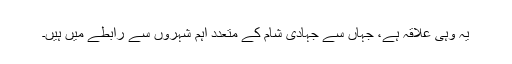
یہ وہی علاقہ ہے، جہاں سے جہادی شام کے متعدد اہم شہروں سے رابطے میں ہیں۔